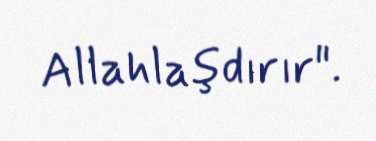
Allahlaşdırır".